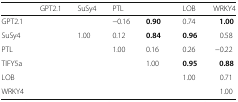
<table><thead><tr><td>[EMPTY_CELL]</td><td><b>GPT2.1</b></td><td><b>SuSy4</b></td><td><b>PTL</b></td><td>[EMPTY_CELL]</td><td><b>LOB</b></td><td><b>WRKY4</b></td></tr></thead><tbody><tr><td>GPT2.1</td><td>[EMPTY_CELL]</td><td>[EMPTY_CELL]</td><td>−0.16</td><td><b>0.90</b></td><td>0.74</td><td><b>1.00</b></td></tr><tr><td>SuSy4</td><td>[EMPTY_CELL]</td><td>1.00</td><td>0.12</td><td><b>0.84</b></td><td><b>0.96</b></td><td>0.58</td></tr><tr><td>PTL</td><td>[EMPTY_CELL]</td><td>[EMPTY_CELL]</td><td>1.00</td><td>0.16</td><td>0.26</td><td>−0.22</td></tr><tr><td>TIFY5a</td><td>[EMPTY_CELL]</td><td>[EMPTY_CELL]</td><td>[EMPTY_CELL]</td><td>1.00</td><td><b>0.95</b></td><td><b>0.88</b></td></tr><tr><td>LOB</td><td>[EMPTY_CELL]</td><td>[EMPTY_CELL]</td><td>[EMPTY_CELL]</td><td>[EMPTY_CELL]</td><td>1.00</td><td>0.71</td></tr><tr><td>WRKY4</td><td>[EMPTY_CELL]</td><td>[EMPTY_CELL]</td><td>[EMPTY_CELL]</td><td>[EMPTY_CELL]</td><td>[EMPTY_CELL]</td><td>1.00</td></tr></tbody></table>